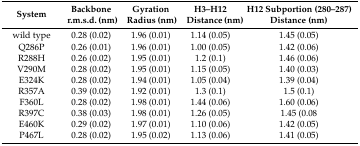
<table><thead><tr><td><b>System</b></td><td><b>Backbone r.m.s.d. (nm)</b></td><td><b>Gyration Radius (nm)</b></td><td><b>H3–H12 Distance (nm)</b></td><td><b>H12 Subportion (280–287) Distance (nm)</b></td></tr></thead><tbody><tr><td>wild type</td><td>0.28 (0.02)</td><td>1.96 (0.01)</td><td>1.14 (0.05)</td><td>1.45 (0.05)</td></tr><tr><td>Q286P</td><td>0.26 (0.01)</td><td>1.96 (0.01)</td><td>1.00 (0.05)</td><td>1.42 (0.06)</td></tr><tr><td>R288H</td><td>0.26 (0.02)</td><td>1.95 (0.01)</td><td>1.2 (0.1)</td><td>1.46 (0.06)</td></tr><tr><td>V290M</td><td>0.28 (0.02)</td><td>1.95 (0.01)</td><td>1.15 (0.05)</td><td>1.40 (0.03)</td></tr><tr><td>E324K</td><td>0.28 (0.02)</td><td>1.94 (0.01)</td><td>1.05 (0.04)</td><td>1.39 (0.04)</td></tr><tr><td>R357A</td><td>0.39 (0.02)</td><td>1.92 (0.01)</td><td>1.3 (0.1)</td><td>1.5 (0.1)</td></tr><tr><td>F360L</td><td>0.28 (0.02)</td><td>1.98 (0.01)</td><td>1.44 (0.06)</td><td>1.60 (0.06)</td></tr><tr><td>R397C</td><td>0.38 (0.03)</td><td>1.98 (0.01)</td><td>1.26 (0.05)</td><td>1.45 (0.08</td></tr><tr><td>E460K</td><td>0.29 (0.02)</td><td>1.97 (0.01)</td><td>1.10 (0.06)</td><td>1.42 (0.05)</td></tr><tr><td>P467L</td><td>0.28 (0.02)</td><td>1.95 (0.02)</td><td>1.13 (0.06)</td><td>1.41 (0.05)</td></tr></tbody></table>